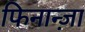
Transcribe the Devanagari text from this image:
फिनान्ज़ा